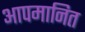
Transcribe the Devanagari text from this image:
आपमानित